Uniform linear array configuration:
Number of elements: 24
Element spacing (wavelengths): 0.75
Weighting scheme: hann
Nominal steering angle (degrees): -60
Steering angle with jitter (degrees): -61.47
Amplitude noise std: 0.05
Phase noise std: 0.05

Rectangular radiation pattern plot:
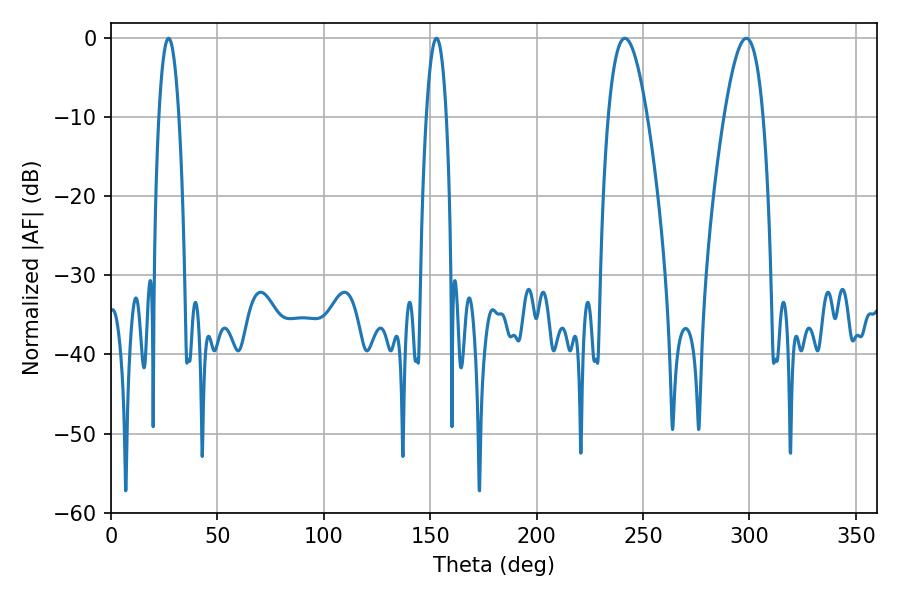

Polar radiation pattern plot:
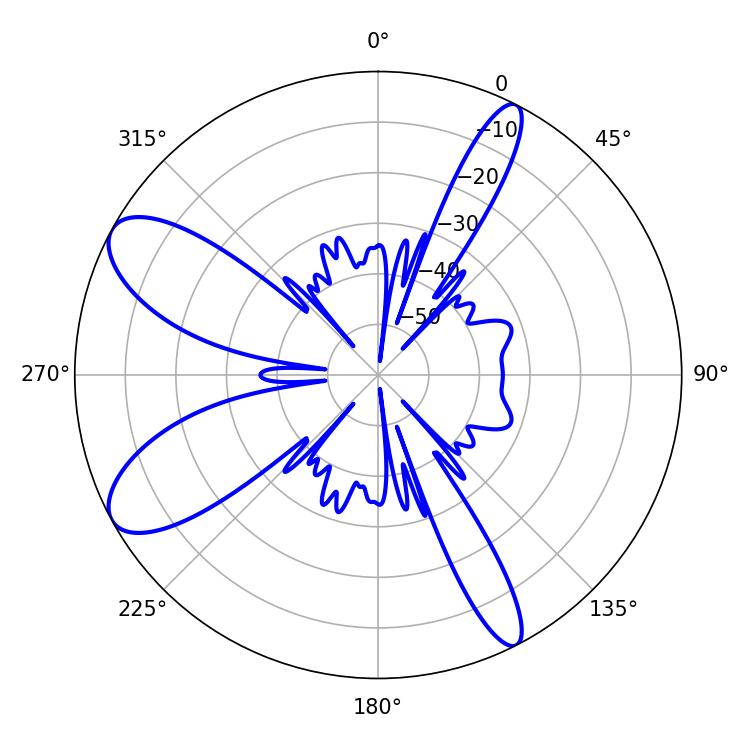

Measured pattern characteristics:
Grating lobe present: TRUE
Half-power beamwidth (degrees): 10.08
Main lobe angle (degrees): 241.56